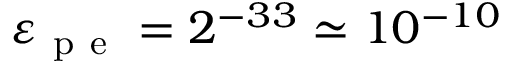
\varepsilon _ { \mathrm { ~ p ~ e ~ } } = 2 ^ { - 3 3 } \simeq 1 0 ^ { - 1 0 }